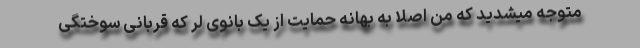
متوجه میشدید که من اصلا به بهانه حمایت از یک بانوی لر که قربانی سوختگی